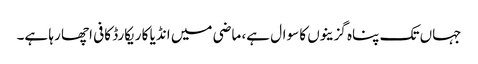
جہاں تک پناہ گزینوں کا سوال ہے، ماضی میں انڈیا کا ریکارڈ کافی اچھا رہا ہے۔